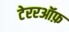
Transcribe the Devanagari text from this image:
टेररऑफ़